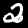
Label: 2